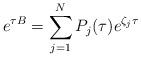
LaTeX: \begin{align*} e^{\tau B} = \sum_{j=1}^NP_j(\tau)e^{\zeta_j\tau}\end{align*}